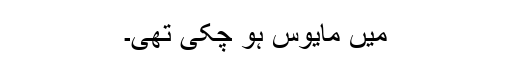
میں مایوس ہو چکی تھی۔